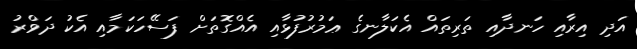
އަދި އިރާއި ހަނދާއި ތަރިތައް އެކަލާނގެ ޢަމުރުފުޅާއި އެއްގޮތަށް ފަސޭހަކަމާއި އެކު ދަވްރު